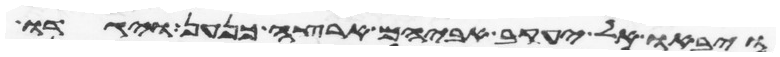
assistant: ויבאו אל יעקב אביהם ארצה כנען ויגדו